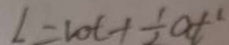
L = v o t + \frac { 1 } { 2 } a t ^ { 1 }